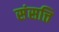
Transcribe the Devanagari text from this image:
संसत्ति